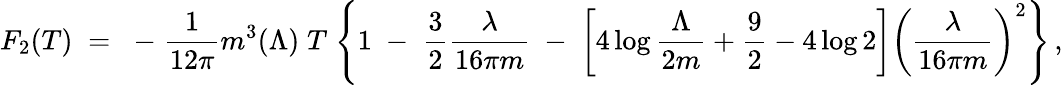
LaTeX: F_{2}(T)\; =\; \; -\; {\frac{1}{12\pi}}m^{3}(\Lambda)\; T\; \Bigg\{ 1\; -\; {\frac{3}{2}}{\frac{\lambda}{16\pi m}}\; -\; \left[4\log{\frac{\Lambda}{2m}}+{\frac{9}{2}}-4\log 2\right]\left({\frac{\lambda}{16\pi m}}\right)^{2}\Bigg\} \, ,